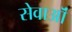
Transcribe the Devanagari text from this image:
सेवाऒं